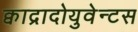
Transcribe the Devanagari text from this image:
क्वाद्रादोयुवेन्टस